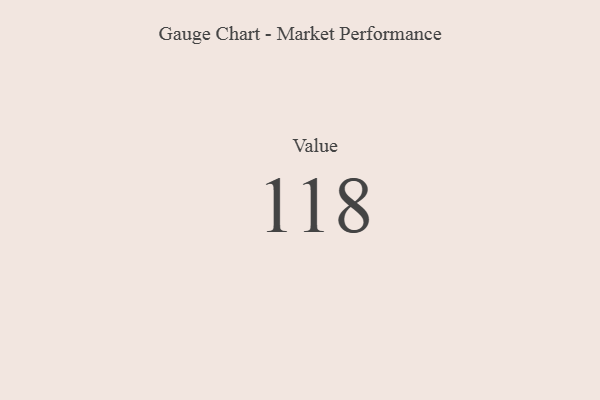
{"axis": {"x": "Metric", "y": "Value"}, "legend": [""], "data": [{"x": "Value", "y": 118, "type": ""}]}